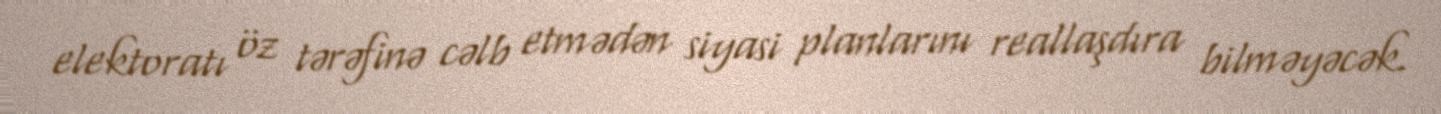
elektoratı öz tərəfinə cəlb etmədən siyasi planlarını reallaşdıra bilməyəcək.